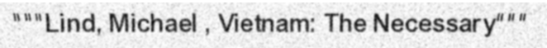
"""Lind, Michael , Vietnam: The Necessary"""